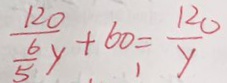
\frac { 1 2 0 } { \frac { 6 } { 5 } y } + 6 0 = \frac { 1 2 0 } { y }